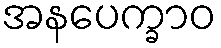
အနပေက္ခာဝ